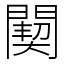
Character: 䦬